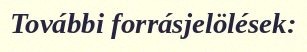
További forrásjelölések: